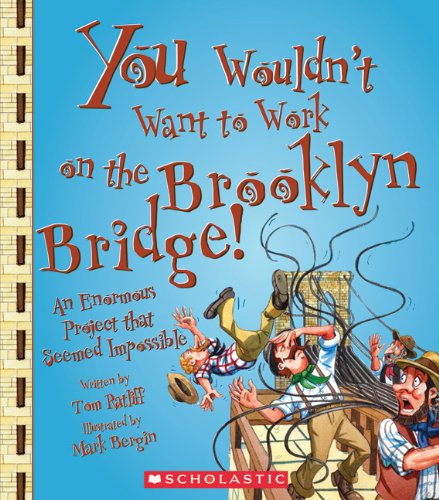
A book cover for You Wouldn't Want to Work on the Brooklyn Bridge!: An Enormous Project That Seemed Impossible; Tom Ratliff; Children's Books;